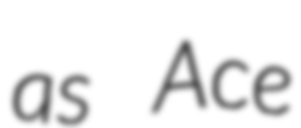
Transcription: as Ace